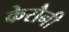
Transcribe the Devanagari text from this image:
केरौनी